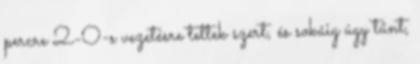
percre 2-0-s vezetésre tettek szert, és sokáig úgy tűnt,